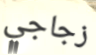
زجاجي